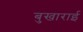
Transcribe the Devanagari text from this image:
बुखाराई